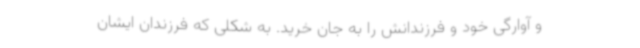
و آوارگی خود و فرزندانش را به جان خرید. به شکلی که فرزندان ایشان